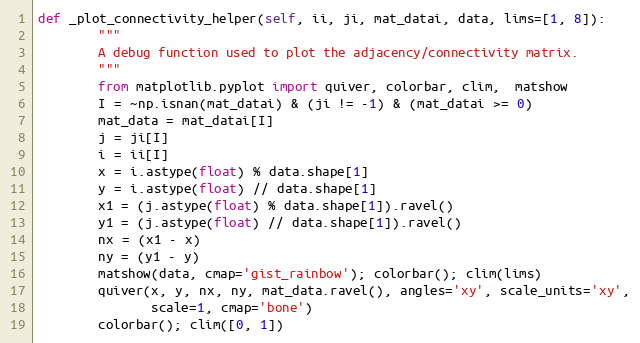
Language: Python
def _plot_connectivity_helper(self, ii, ji, mat_datai, data, lims=[1, 8]):
        """
        A debug function used to plot the adjacency/connectivity matrix.
        """
        from matplotlib.pyplot import quiver, colorbar, clim,  matshow
        I = ~np.isnan(mat_datai) & (ji != -1) & (mat_datai >= 0)
        mat_data = mat_datai[I]
        j = ji[I]
        i = ii[I]
        x = i.astype(float) % data.shape[1]
        y = i.astype(float) // data.shape[1]
        x1 = (j.astype(float) % data.shape[1]).ravel()
        y1 = (j.astype(float) // data.shape[1]).ravel()
        nx = (x1 - x)
        ny = (y1 - y)
        matshow(data, cmap='gist_rainbow'); colorbar(); clim(lims)
        quiver(x, y, nx, ny, mat_data.ravel(), angles='xy', scale_units='xy',
               scale=1, cmap='bone')
        colorbar(); clim([0, 1])